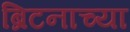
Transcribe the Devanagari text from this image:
ब्रिटनाच्या